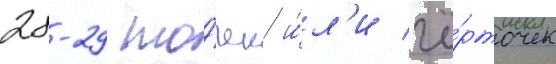
28-29 то́чек и́л'и чё́рточек